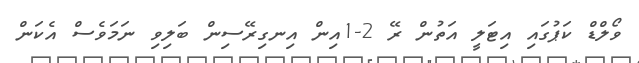
ވޯލްޑް ކަޕުގައި އިޓަލީ އަތުން ރޭ 2-1އިން އިނގިރޭސިން ބަލިވި ނަމަވެސް އެކަން